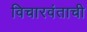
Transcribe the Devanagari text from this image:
विचारवंताची